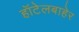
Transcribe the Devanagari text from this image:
हॉटेलबाहेर